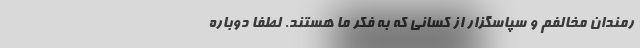
رمندان مخالفم و سپاسگزار از کسانی که به فکر ما هستند. لطفاً دوباره